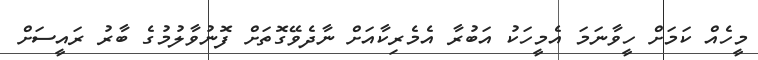
މީހެއް ކަމަށް ހީވާނަމަ އެމީހަކު އަބުރާ އެމެރިކާއަށް ނާދެވޭގޮތަށް ފޮނުވާލުމުގެ ބާރު ރައީސަށް